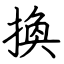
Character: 換